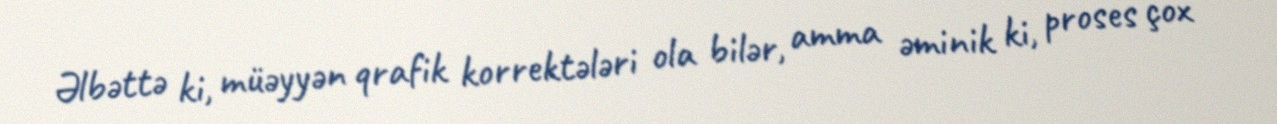
Əlbəttə ki, müəyyən qrafik korrektələri ola bilər, amma əminik ki, proses çox